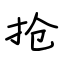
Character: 抢